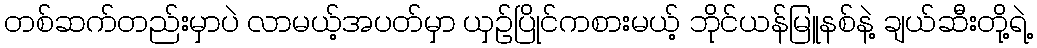
တစ်ဆက်တည်းမှာပဲ လာမယ့်အပတ်မှာ ယှဉ်ပြိုင်ကစားမယ့် ဘိုင်ယန်မြူနစ်နဲ့ ချယ်ဆီးတို့ရဲ့